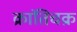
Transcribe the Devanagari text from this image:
क्रांतिचक्र